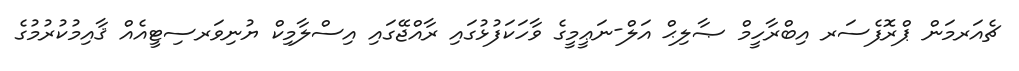
ޗެއަރމަން ޕްރޮފެސަރ އިބްރާހީމް ޞާލިޙް އަލް-ނަޢީމީގެ ވާހަކަފުޅުގައި ރާއްޖޭގައި އިސްލާމިކް ޔުނިވަރސިޓީއެއް ޤާއިމުކުރުމުގެ